Indian journal of veterinary science and animal husbandry - Volume 13,
Year: 1943
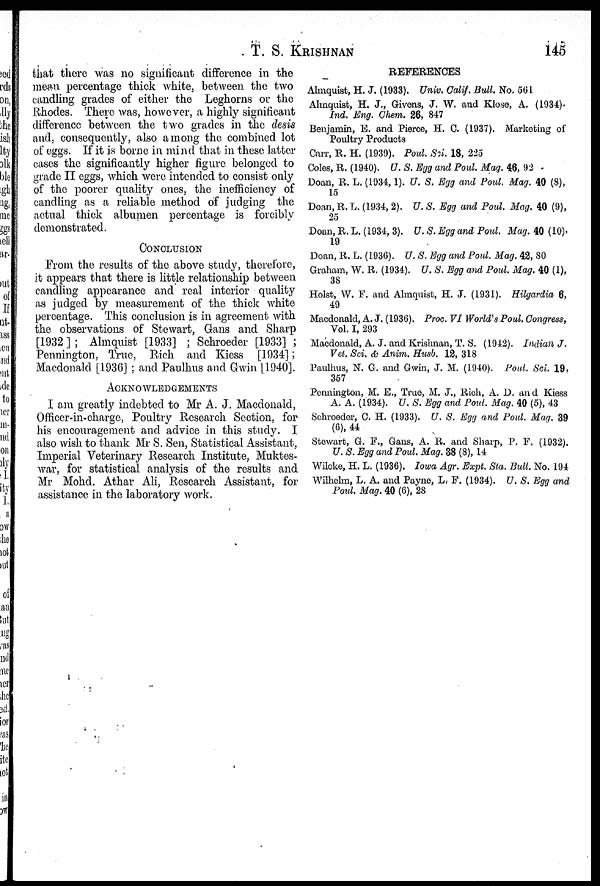
T. S. KRISHNAN 145
that there was no significant difference in the
mean percentage thick white, between the two
candling grades of either the Leghorns or the
Rhodes. There was, however, a highly significant
difference between the two grades in the desis
and, consequently, also among the combined lot
of eggs. If it is borne in mind that in these latter
cases the significantly higher figure belonged to
grade II eggs, which were intended to consist only
of the poorer quality ones, the inefficiency of
candling as a reliable method of judging the
actual thick albumen percentage is forcibly
demonstrated.
CONCLUSION
From the results of the above study, therefore,
it appears that there is little relationship between
candling appearance and real interior quality
as judged by measurement of the thick white
percentage. This conclusion is in agreement with
the observations of Stewart, Gans and Sharp
[1932]; Almquist [1933] ; Schroeder [1933] ;
Pennington, True, Rich and Kiess [1934];
Macdonald [1936] ; and Paulhus and Gwin [1940].
ACKNOWLEDGEMENTS
I am greatly indebted to Mr A. J. Macdonald,
Officer-in-charge, Poultry Research Section, for
his encouragement and advice in this study. I
also wish to thank Mr S. Sen, Statistical Assistant,
Imperial Veterinary Research Institute, Muktes-
war, for statistical analysis of the results and
Mr Mohd. Athar Ali, Research Assistant, for
assistance in the laboratory work.
REFERENCES
Almquist, H. J. (1933). Univ. Calif. Bull. No. 561
Almquist, H. J., Givens, J. W. and Klose, A. (1934).
Ind. Eng. Chem. 26, 847
Benjamin, E. and Pierce, H. C. (1937). Marketing of
Poultry Products
Carr, R. H. (1939). Poul. Sci. 18, 225
Coles, R. (1940). U. S. Egg and Poul. Mag. 46, 92
Doan, R. L. (1934, 1). U. S. Egg and Poul. Mag. 40 (8),
15
Doan, R. L. (1934, 2). U. S. Egg and Poul. Mag. 40 (9),
25
Doan, R. L. (1934, 3). U. S. Egg and Poul. Mag. 40 (10),
19
Doan, R. L. (1936). U. S. Egg and Poul. Mag. 43, 80
Graham, W. R. (1934). U. S. Egg and Poul. Mag. 40 (1),
38
Holst, W. F. and Almquist, H. J. (1931). Hilgardia 6,
49
Macdonald, A. J. (1936). Proc. VI World's Poul. Congress,
Vol. I, 293
Macdonald, A. J. and Krishnan, T. S. (1942). Indian J.
Vet. Sci. & Anim. Husb. 12, 318
Paulhus, N. G. and Gwin, J. M. (1940). Poul. Sci. 19,
357
Pennington, M. E., True, M. J., Rich, A. D. and Kiess
A. A. (1934). U. S. Egg and Poul. Mag. 40 (5), 43
Schroeder, C. H. (1933). U. S. Egg and Poul. Mag. 39
(6), 44
Stewart, G. F., Gans, A. R. and Sharp, P. F. (1932).
U. S. Egg and Poul. Mag. 38 (8), 14
Wilcke, H. L. (1936). Iowa Agr. Expt. Sta. Bull. No. 194
Wilhelm, L. A. and Payne, L. F. (1934). U. S. Egg and
Poul. Mag. 40 (6), 28